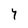
Character: 4